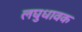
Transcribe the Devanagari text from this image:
लघुधावक